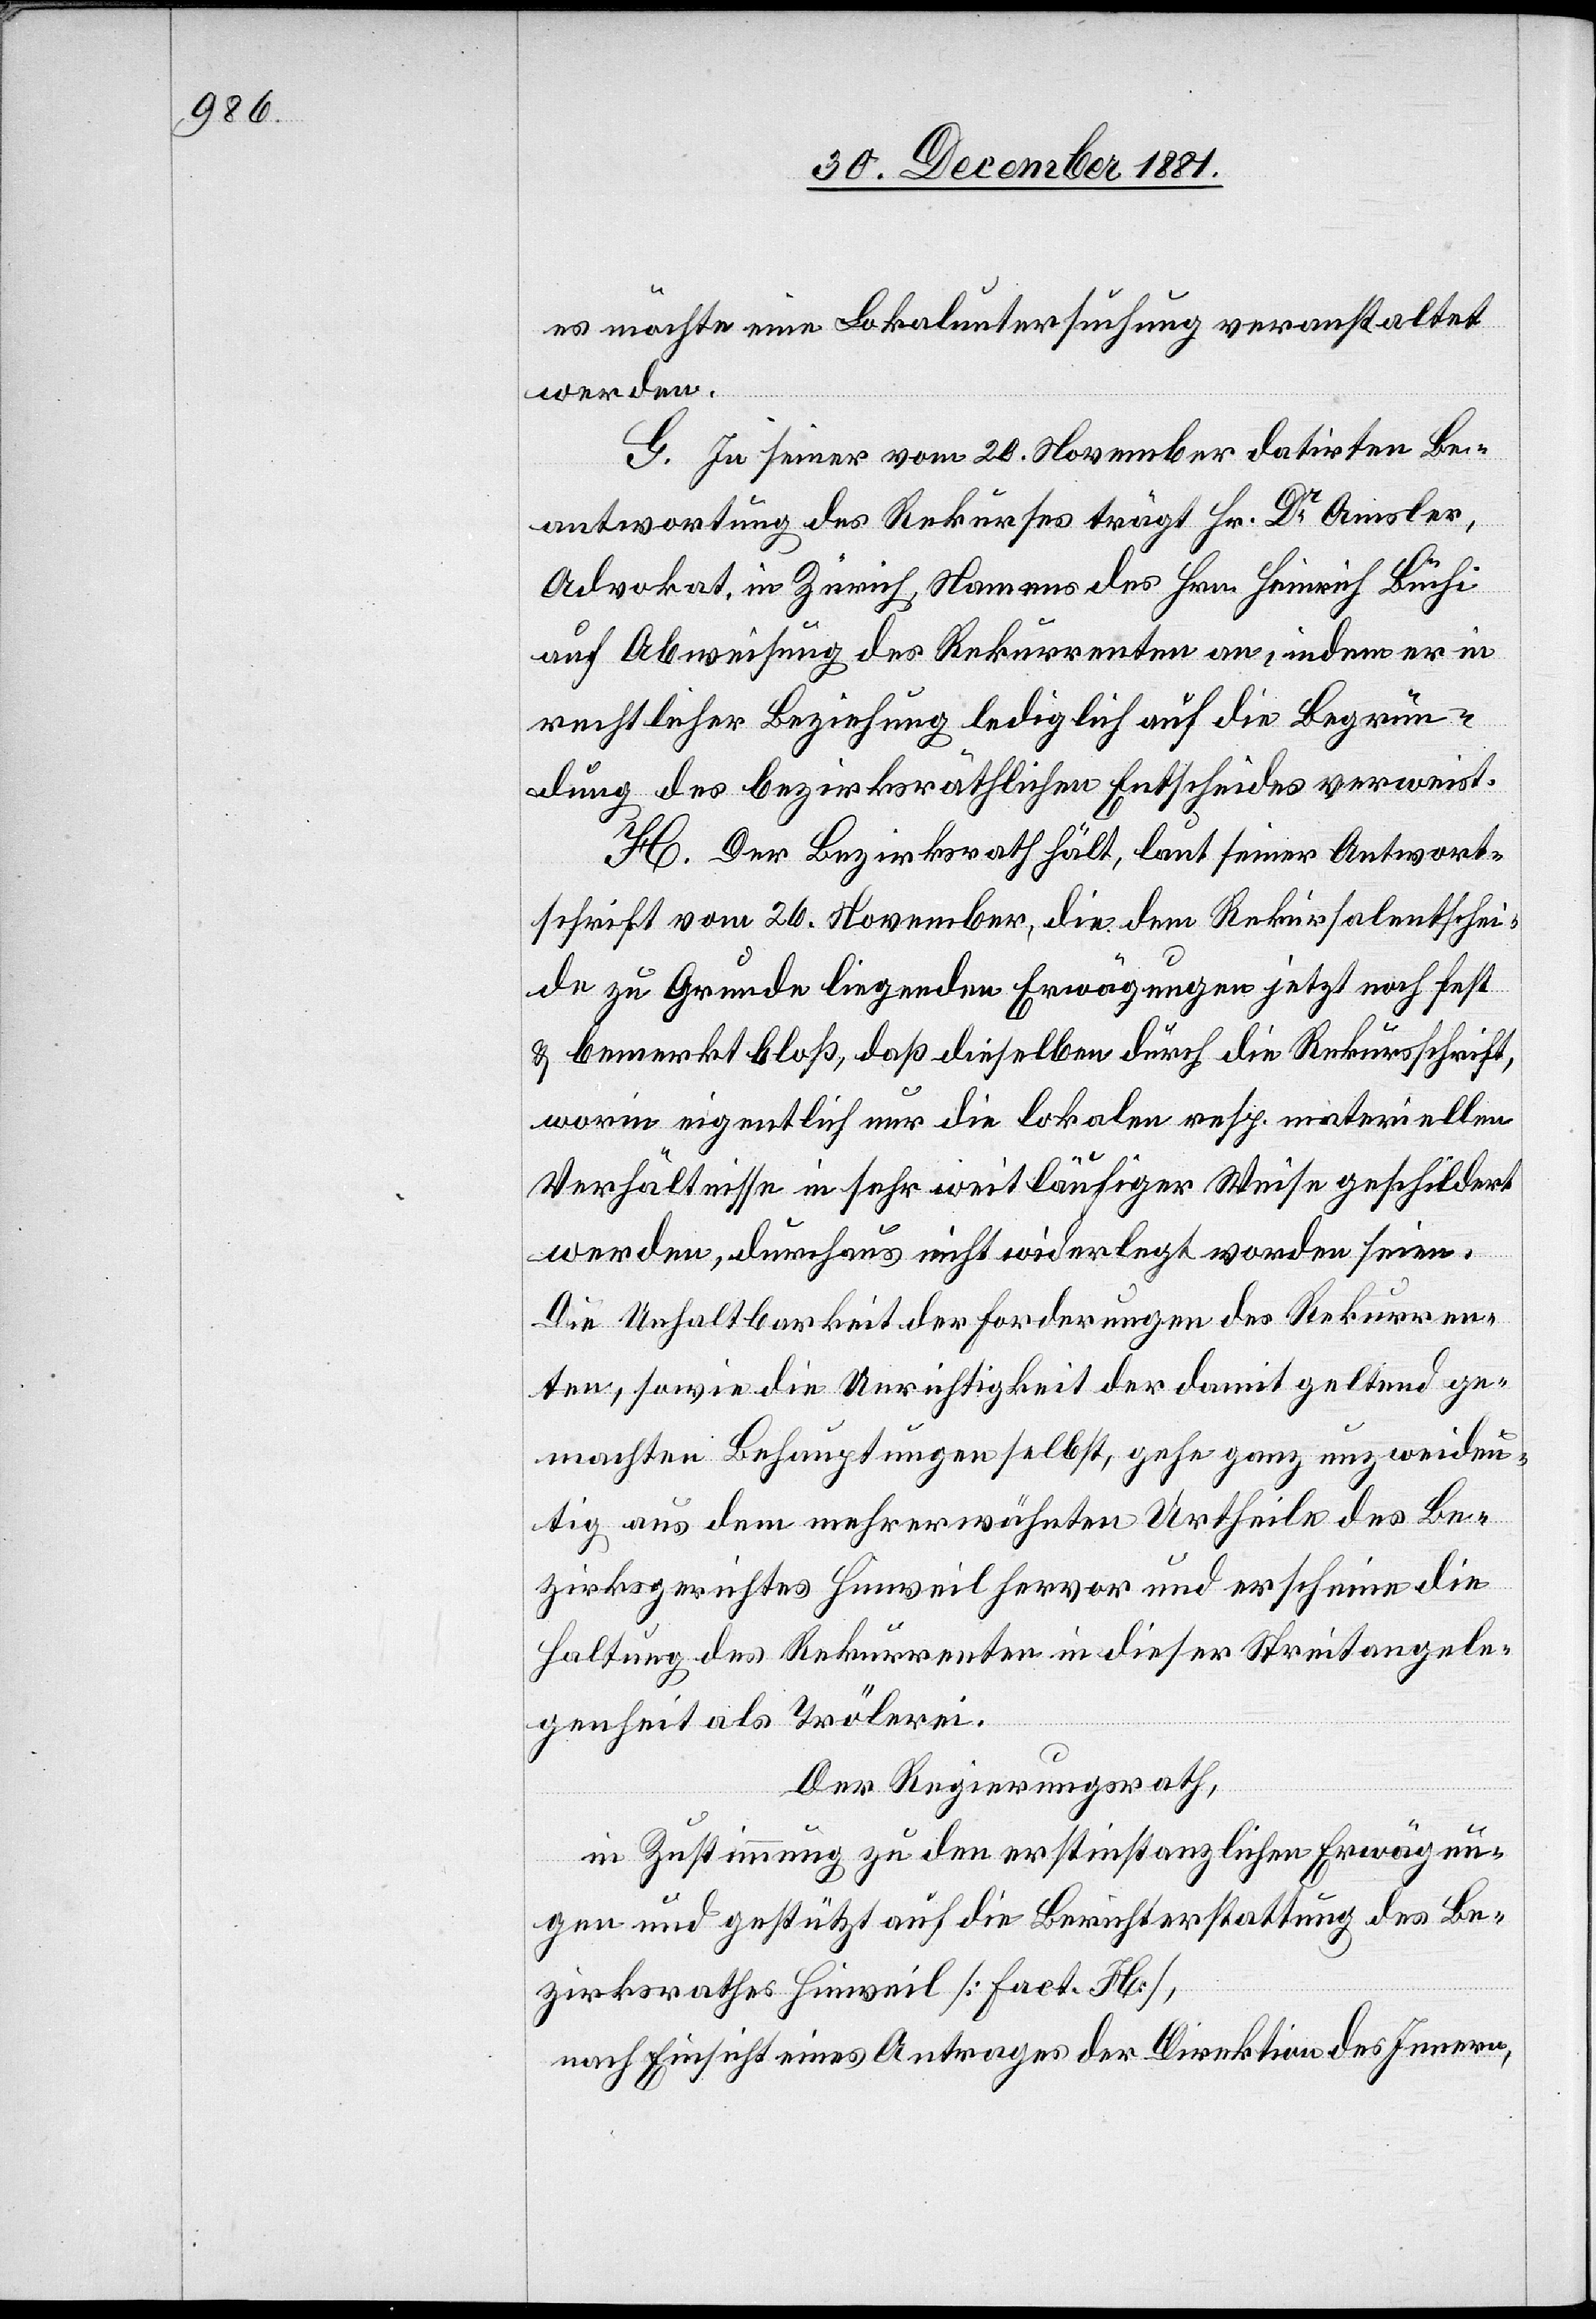
es möchte eine Lokaluntersuchung veranstaltet
werden.
G. In seiner vom 20. November datirten Be¬
antwortung des Rekurses trägt Hr. Dr Amsler,
Advokat in Zürich, Namens des Hrn. Heinrich Büchi
auf Abweisung des Rekurrenten an, indem er in
rechtlicher Beziehung lediglich auf die Begrün¬
dung des bezirksräthlichen Entscheides verweist.
H. Der Bezirksrath hält, laut seiner Antwort¬
schrift vom 26. November, die dem Rekursalentschei¬
de zu Grunde liegenden Erwägungen jetzt noch fest
& bemerkt bloß, daß dieselben durch die Rekursschrift,
worin eigentlich nur die lokalen resp. materiellen
Verhältnisse in sehr weitläufiger Weise geschildert
werden, durchaus nicht widerlegt worden seien.
Die Unhaltbarkeit der Forderungen des Rekurren¬
ten, sowie die Unrichtigkeit der damit geltend ge¬
machten Behauptungen selbst, gehe ganz unzweideu¬
tig aus dem mehrerwähnten Urtheile des Be¬
zirksgerichtes Hinweil hervor und erscheine die
Haltung des Rekurrenten in dieser Streitangele¬
genheit als Trölerei.
Der Regierungsrath,
in Zustimmung zu den erstinstanzlichen Erwägun¬
gen und gestützt auf die Berichterstattung des Be¬
zirksrathes Hinweil [Fact. H],
nach Einsicht eines Antrages der Direktion des Innern,